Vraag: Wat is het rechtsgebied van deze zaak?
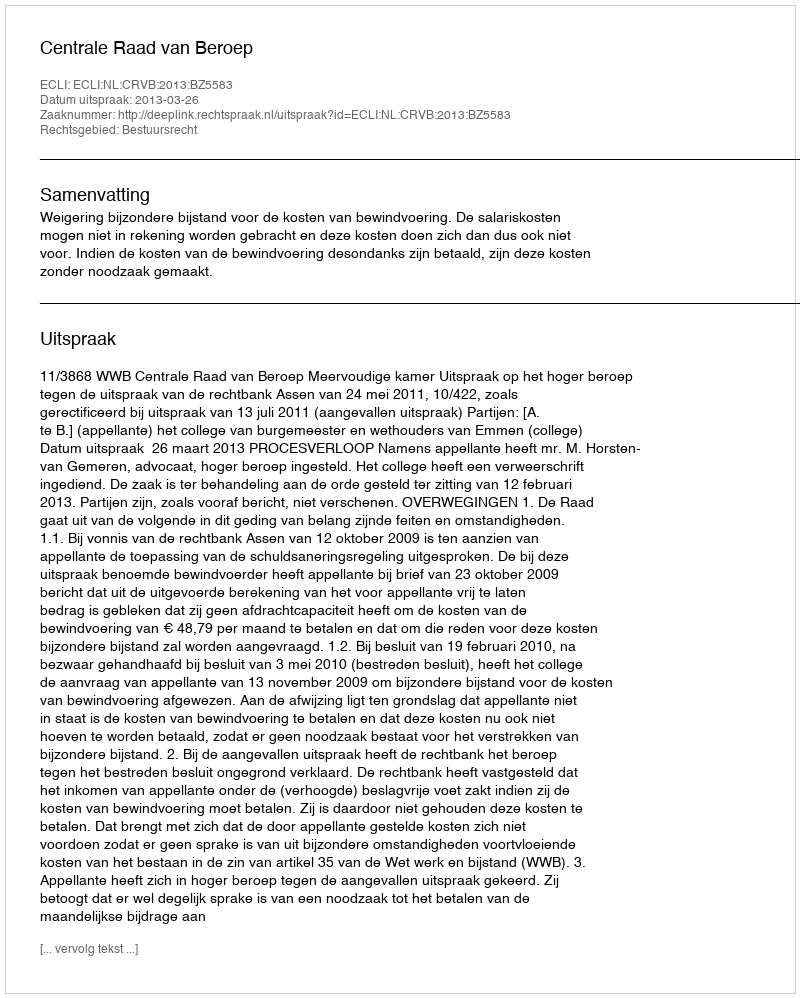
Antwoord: Bestuursrecht